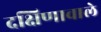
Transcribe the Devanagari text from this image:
दक्षिणावाले